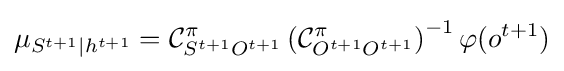
\mu _{S^{t+1}\mid h^{t+1}}={\mathcal {C}}_{S^{t+1}O^{t+1}}^{\pi }\left({\mathcal {C}}_{O^{t+1}O^{t+1}}^{\pi }\right)^{-1}\varphi (o^{t+1})